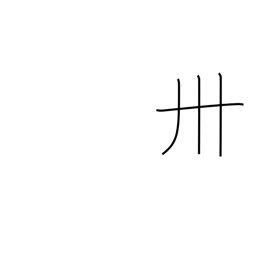
Meaning: thirty